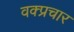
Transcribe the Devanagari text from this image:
वक्प्रचार